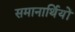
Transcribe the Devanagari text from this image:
समानार्थियों